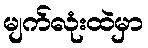
မျက်လုံးထဲမှာ